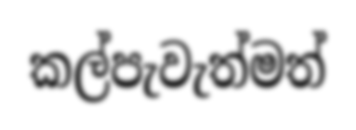
කල්පැවැත්මත්